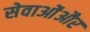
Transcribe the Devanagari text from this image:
सेवाओंऔर